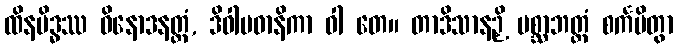
ထိနမိဒ္ဓဿ ဝိနောဒနတ္ထံ, ဒိဝါပဓာနိကာ ဝါ တေ။ တာဒိသာနဉှိ ပစ္ဆာဘတ္တံ စင်္ကမိတွာ